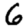
Digit: 6